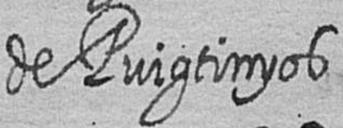
de Puigtinyos